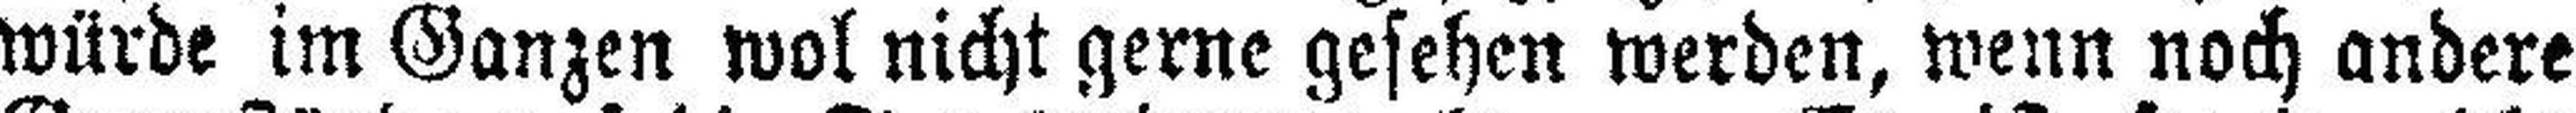
würde im Ganzen wol nicht gerne gesehen werden, wenn noch andere